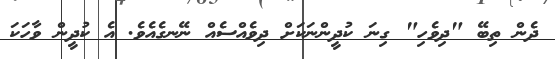
ދެން ތިބޭ "ދިވެހި" ގިނަ ކުދީންނަކަށް ދިވެއްސެއް ނޭނގެއެވެ. އެ ކުދީން ވާހަކަ